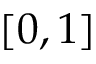
[ 0 , 1 ]